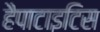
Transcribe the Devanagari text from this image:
हैपाटाइटिस